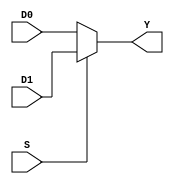
module m21_1bit( D0, D1, S, Y);
input wire D0,D1;
input wire S;
output reg Y;
always @(D0 or D1 or S)
begin

if(S) 
Y= D1;
else
Y=D0;

end

endmodule